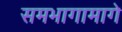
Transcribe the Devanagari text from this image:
समभागामागे